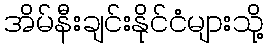
အိမ်နီးချင်းနိုင်ငံများသို့